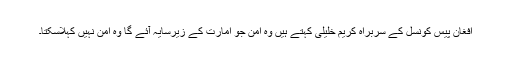
افغان پیس کونسل کے سربراہ کریم خلیلی کہتے ہیں وہ امن جو امارت کے زیرسایہ آئے گا وہ امن نہیں کہلاسکتا۔